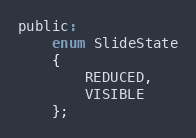
Language: C
public:
    enum SlideState
    {
        REDUCED,
        VISIBLE
    };